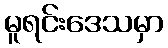
မူရင်းဒေသမှာ